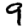
Digit: 9